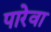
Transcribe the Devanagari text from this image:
पारेवा